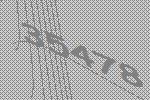
35478